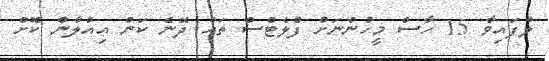
ލާފައިވާ 15 ހާސް މީހުންނަށް ފްލެޓްސް ތައް ދޭނެ ކަން އިއުލާން ކޮށް